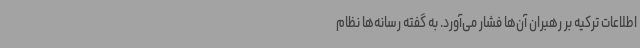
اطلاعات ترکیه بر رهبران آن‌ها فشار می‌آورد. به گفته رسانه‌ها نظام